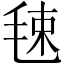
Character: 𣭴